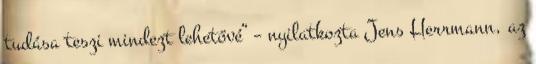
tudása teszi mindezt lehetővé” – nyilatkozta Jens Herrmann, az